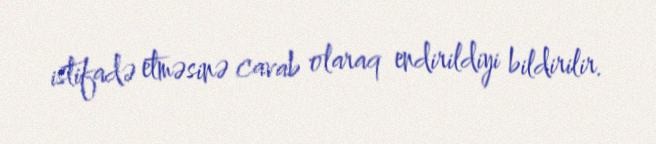
istifadə etməsinə cavab olaraq endirildiyi bildirilir.